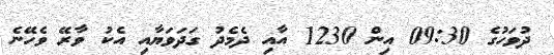
ދުވަހުގެ 09:30 އިން 1230 އާއި ދެމެދު ގަދަވަޔާއި އެކު ވާރޭ ވެހޭނެ